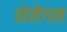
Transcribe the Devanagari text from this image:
शेलेगल